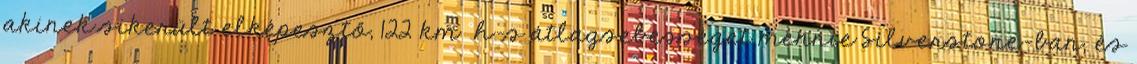
akinek sikerült elképesztő, 122 km h-s átlagsebességet mennie Silverstone-ban, és